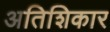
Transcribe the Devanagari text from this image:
अतिशिकार